King Institute of Preventive Medicine Bacteriolog. Section reports 1907-08
Year: 1907
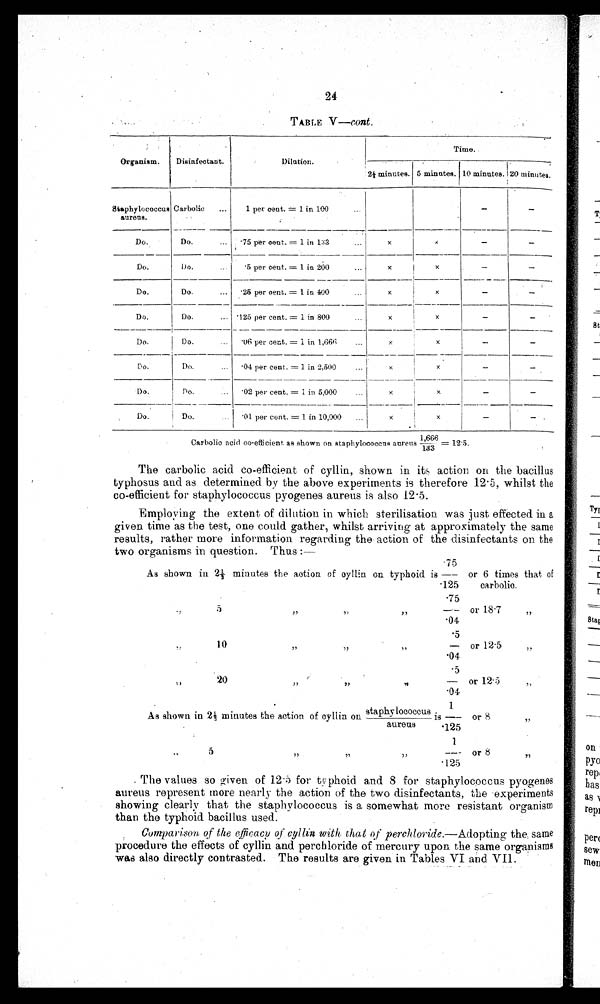
24
TABLE V—cont.
Organism.
Disinfectant.
DiIntim:.
Time
2½ minutes. 5 minutes. 10 minutes. 20 minutes.
Staphylococcus
aureus.
Carbolic
...
1 per cent. = 1 in 100...
—
—
Do.
Do.
... .75 per cent. = 1 in 1l3
x
A
-
—
Do.
Do.
.5 per cent. = 1 in 200...
x
x
—
—
—
Do .
Do.
...
.25 per cent. = 1 in 400
x
x
—
Do.
Do.
... .125 per cent. = 1 in 800...
x
x
—
—
—
Do.
Do.
.06 per cent. = 1 in 1,666
...
x
x
—
Do.
Do.
...
.04 per cent. = 1 in 2,500
... x
x
—
—
Do.
Do.
... .02 per cent. = I in 5,000
...
x
x
—
—
— .
Do.
Do.
. 0 1
p e r
c e n t . = 1 i n 1 0 , 0 0 0
. . .
x
x
—
Carbolio acid co-efficient as shown on staphylococcus aureus 1,666/133 = 12.5.
The carbolic acid co-efficient of cyllin, shown in its action on the bacillus
typhosus and as determined by the above experiments is therefore 12 . 5, whilst the
co-efficient for staphylococcus pyogenes aureus is also 12.5.
Employing the extent of dilution in which sterilisation was just effected in a
given time as the test, one could gather, whilst arriving at approximately the same
results, rather more information regarding the action of the disinfectants on the
two organisms in question. Thus :—
As shown in 2 1/3 m i n u t e s t h e a c t i o n o f c y l l i n . o n . t y p h o i d i s
. 7 5 / •
1 2 5
--
. 7 5
---
.04
or 6 times that of
carbolic.
or .18•7
,
,
.5
•—
. 0 4
or 12 . 5
,,
20
,,
.5
—
•04
or 12.5
s
As shown. in 2½ minutes the action of cyllin on staphylococcus iS
aureus
1
—
-125
Or 8 , ,
1
---
. 1 2 5
or 8
, ,
. The values so given of 12.5 for typhoid and 8 for staphylococcus pyogenes
aureus represent more nearly the action of the two disinfectants, the experiments
showing clearly that the staphylococcus is a somewhat more resistant organism
than the typhoid bacillus used.
Comparison of the efficacy of cyllin with. that of perchloride.—Adopting the same
procedure the effects of cyllin and perchloride of mercury upon the same organisms
w a s a l s o d i r e c t l y c o n t r a s t e d . T h e r e s u l t s a r e g i v e n i n T a b l e s V I a n d V I I .